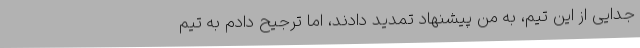
جدایی از این تیم، به من پیشنهاد تمدید دادند، اما ترجیح دادم به تیم